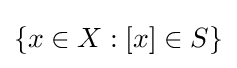
\{x\in X:[x]\in S\}